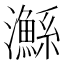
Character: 𤄏